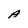
Character: A